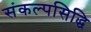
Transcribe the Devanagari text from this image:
संकल्पसिद्धि